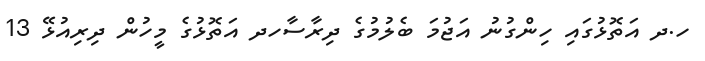
ހ.ދ އަތޮޅުގައި ހިންގުނު އަޖުމަ ބެލުމުގެ ދިރާސާހދ އަތޮޅުގެ މީހުން ދިރިއުޅޭ 13